38_143685_box_Incident_Summaries_101-172
Agency: Department of War
Page 30
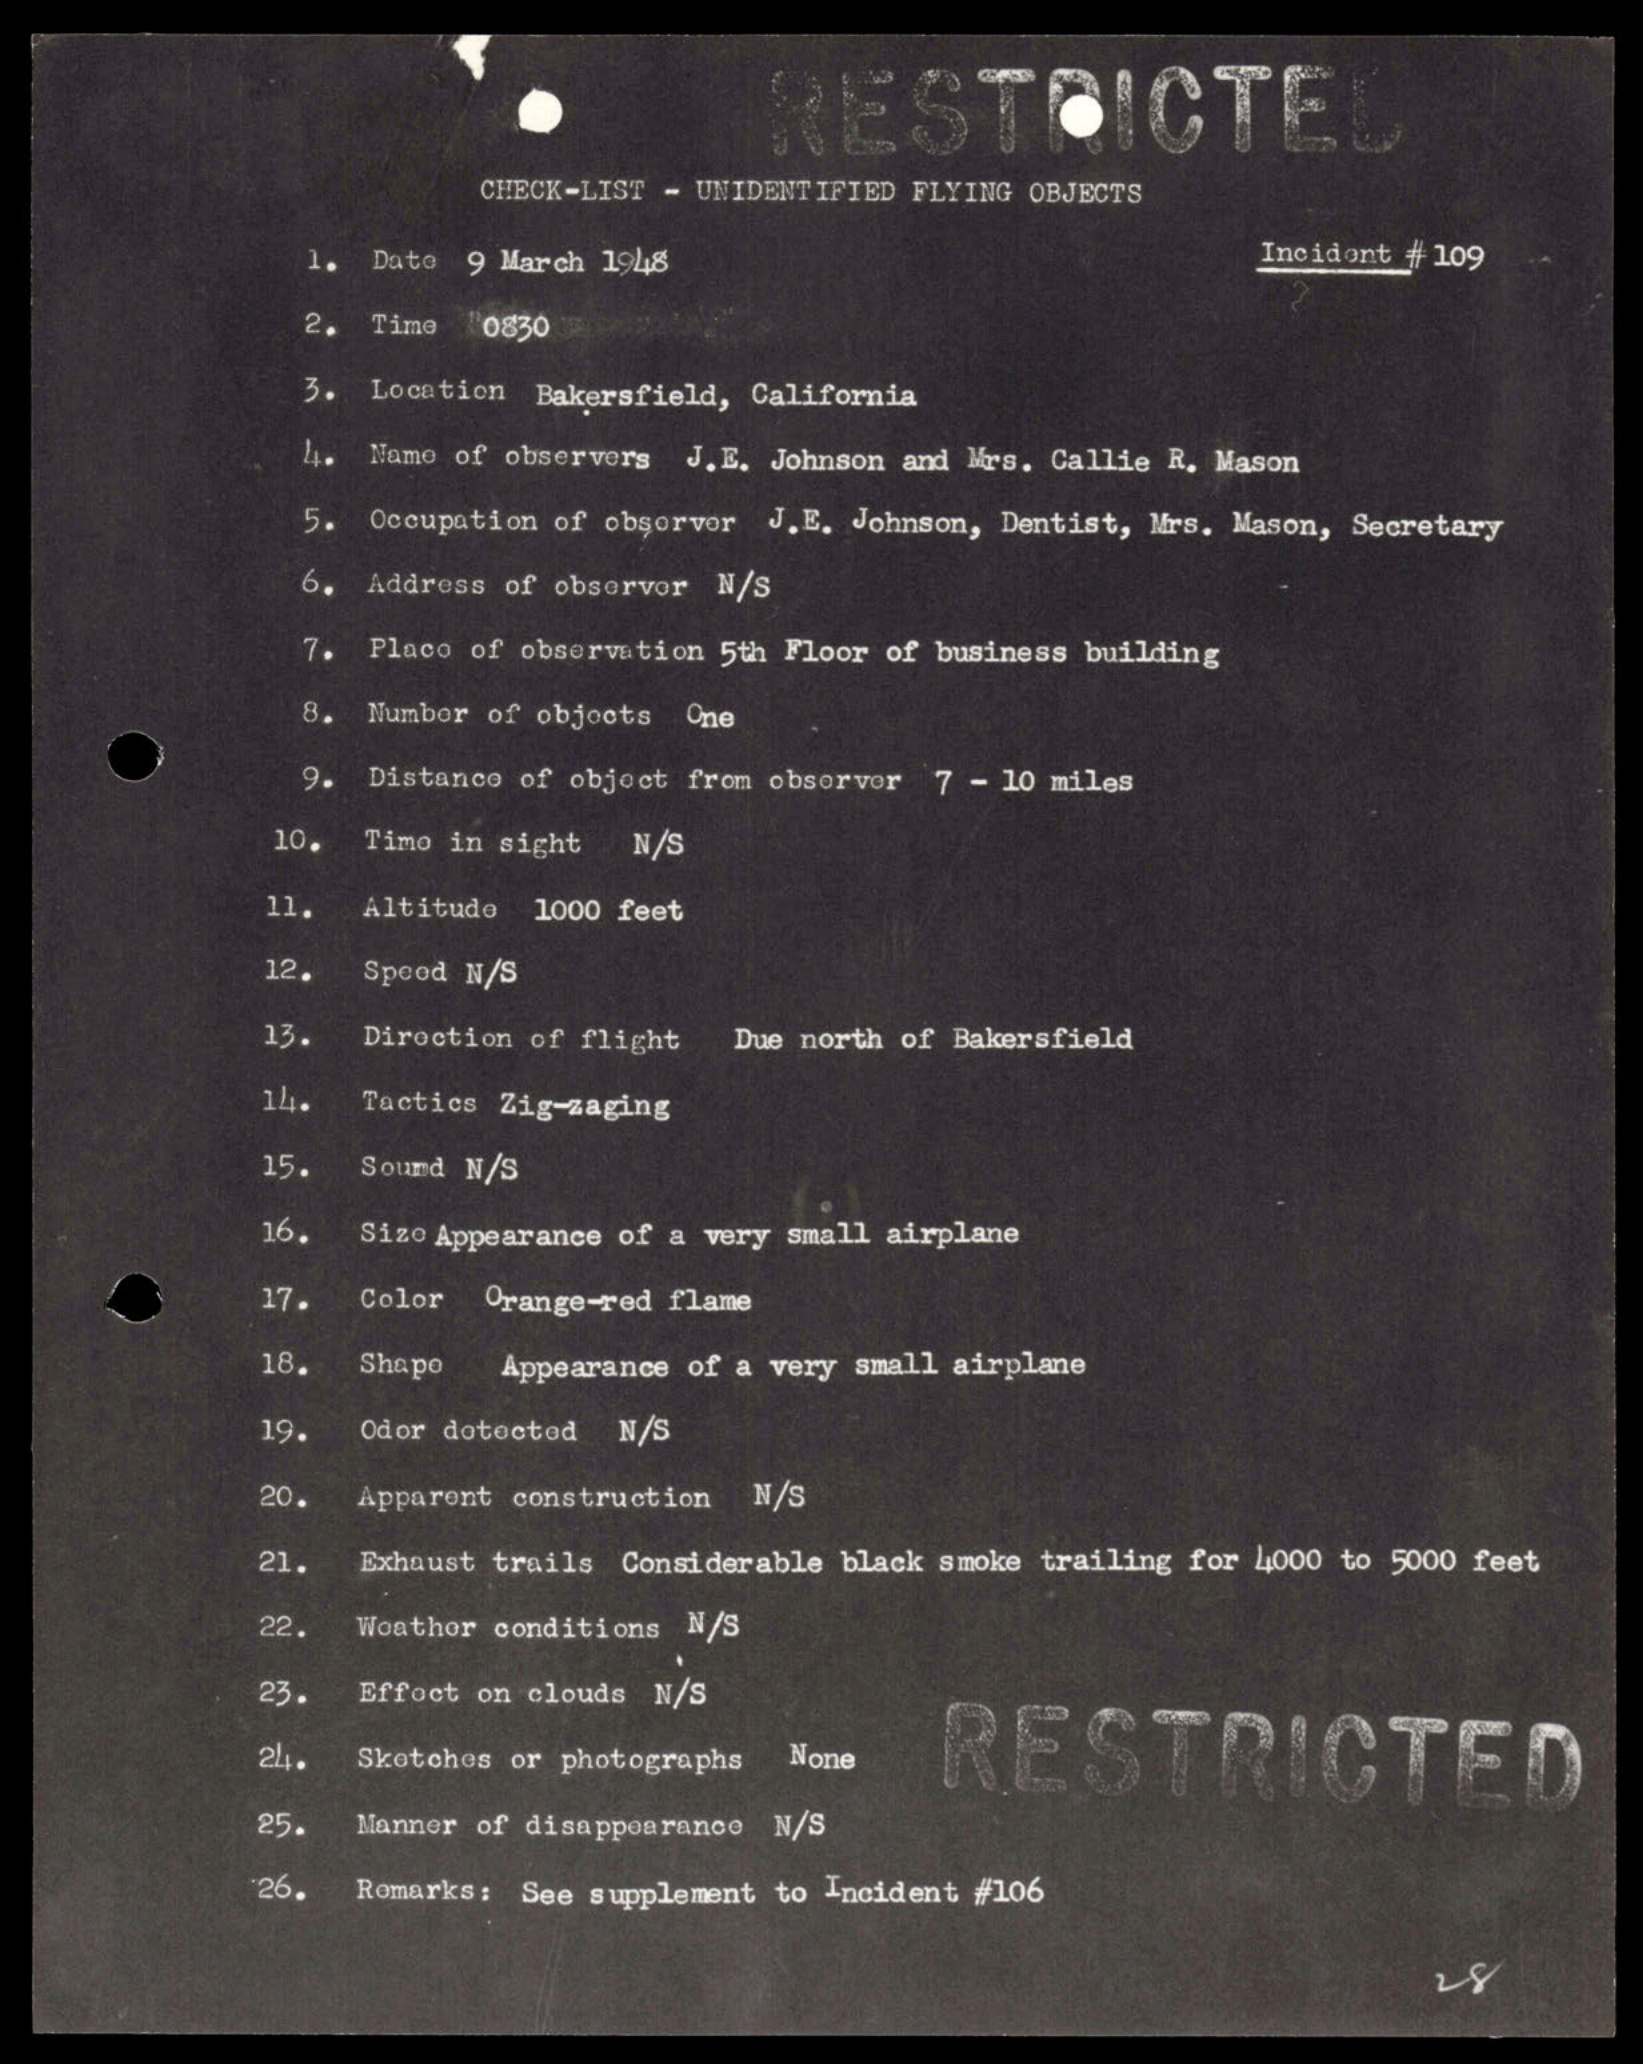